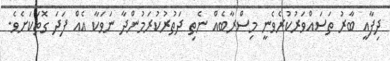
ދިފާއީ ބާރު ތަސައްވަރުކުރެވެނީ މިސްރާބެއް ނެތި ދަތުރުކުރަމުންދާ ނަވަކާ އެއް ފަދަ ގޮތަކަށެވެ.